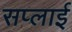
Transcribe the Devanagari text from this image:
सप्‍लाई